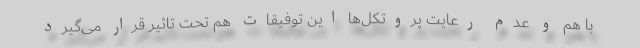
با هم و عدم رعایت پروتکل‌ها این توفیقات هم تحت تاثیر قرار می‌گیرد